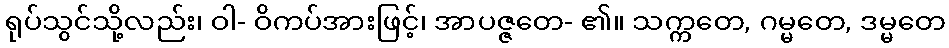
ရုပ်သွင်သို့လည်း၊ ဝါ- ဝိကပ်အားဖြင့်၊ အာပဇ္ဇတေ- ၏။ သက္ကတေ, ဂမ္မတေ, ဒမ္မတေ